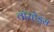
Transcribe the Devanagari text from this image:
वाॅरहेड्स